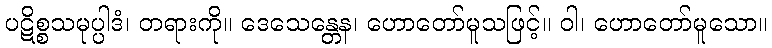
ပဋိစ္စသမုပ္ပါဒံ၊ တရားကို။ ဒေသေန္တေန၊ ဟောတော်မူသဖြင့်။ ဝါ၊ ဟောတော်မူသော။